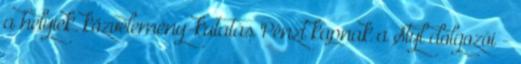
a helyiek. közvélemény-kutatás Pénzt kapnak a Styl dolgozói -